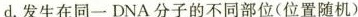
d。发生在同一DNA分子的不同部位(位置随机)